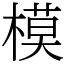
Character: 模